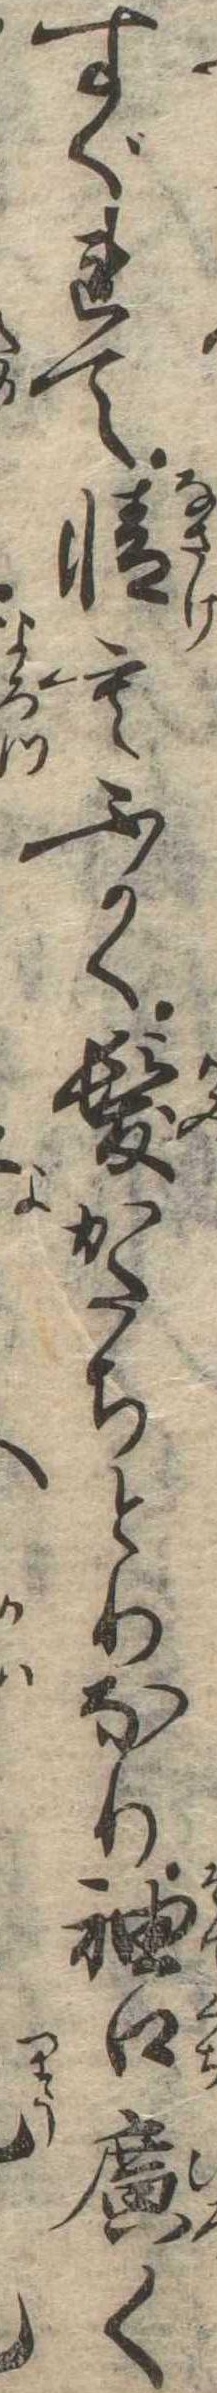
すぐれて情もふかく髪かたちとりなり袖口広く